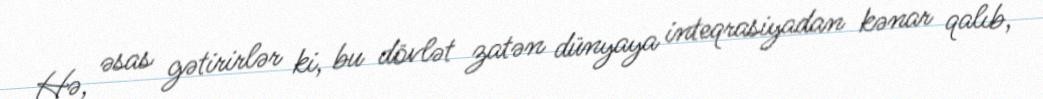
Hə, əsas gətirirlər ki, bu dövlət zatən dünyaya inteqrasiyadan kənar qalıb,